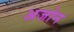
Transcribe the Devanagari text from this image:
अजोन